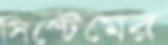
সিস্টেমের